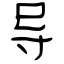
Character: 导